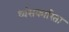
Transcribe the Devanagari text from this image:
ध्वंसकारिता